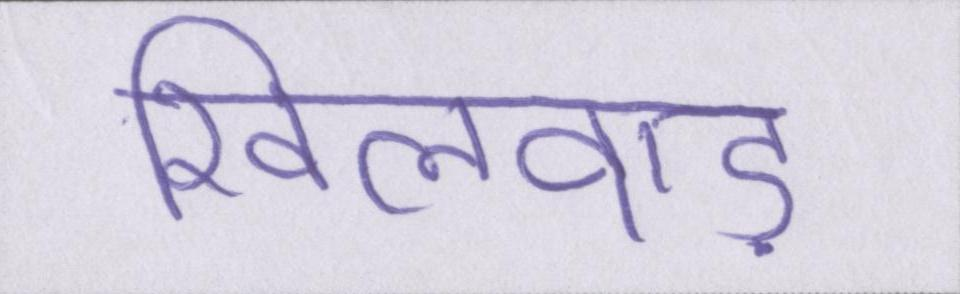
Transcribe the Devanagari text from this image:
खिलवाड़